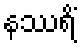
နဿရိံ